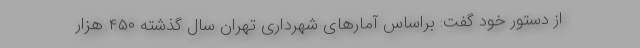
از دستور خود گفت: براساس آمارهای شهرداری تهران سال گذشته ۴۵۰ هزار